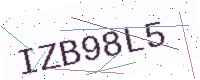
Text: IZB98L5